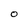
Character: O